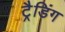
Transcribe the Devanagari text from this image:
ट्रैडिंग